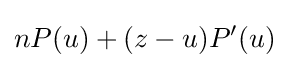
nP(u)+(z-u)P'(u)